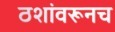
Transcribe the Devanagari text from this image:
ठशांवरूनच